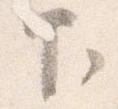
下